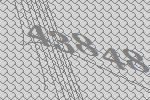
43848